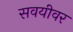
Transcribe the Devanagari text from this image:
सवयीवर